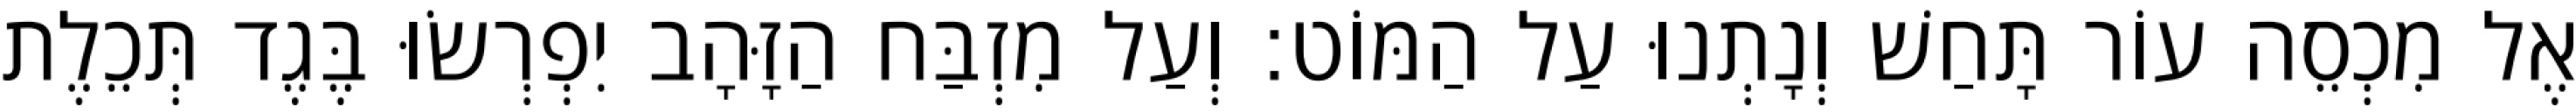
אֶל מִכְסֵה עוֹר תָּחַשׁ וְנָתְנוּ עַל הַמּוֹט׃ וְעַל מִזְבַּח הַזָּהָב יִפְרְשׂוּ בֶּגֶד תְּכֵלֶת